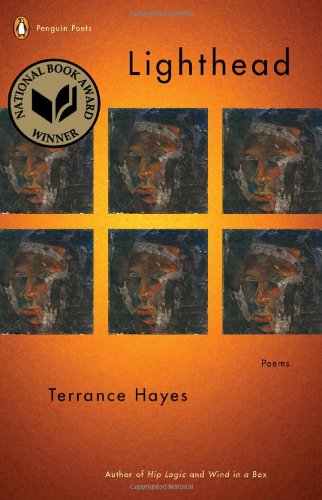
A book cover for Lighthead (Poets, Penguin); Terrance Hayes; Literature & Fiction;